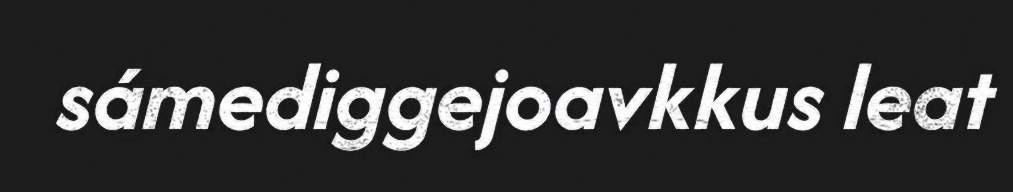
sámediggejoavkkus leat